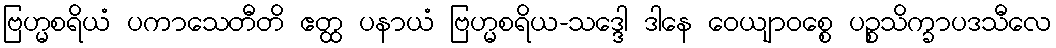
ဗြဟ္မစရိယံ ပကာသေတီတိ ဧတ္ထ ပနာယံ ဗြဟ္မစရိယ-သဒ္ဒေါ ဒါနေ ဝေယျာဝစ္စေ ပဉ္စသိက္ခာပဒသီလေ